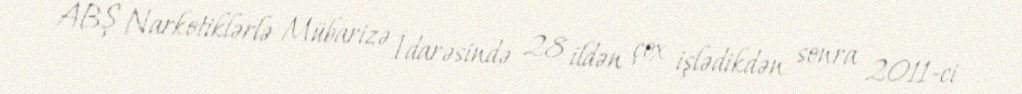
ABŞ Narkotiklərlə Mübarizə İdarəsində 28 ildən çox işlədikdən sonra 2011-ci